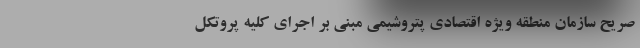
صریح سازمان منطقه ویژه اقتصادی پتروشیمی مبنی بر اجرای کلیه پروتکل